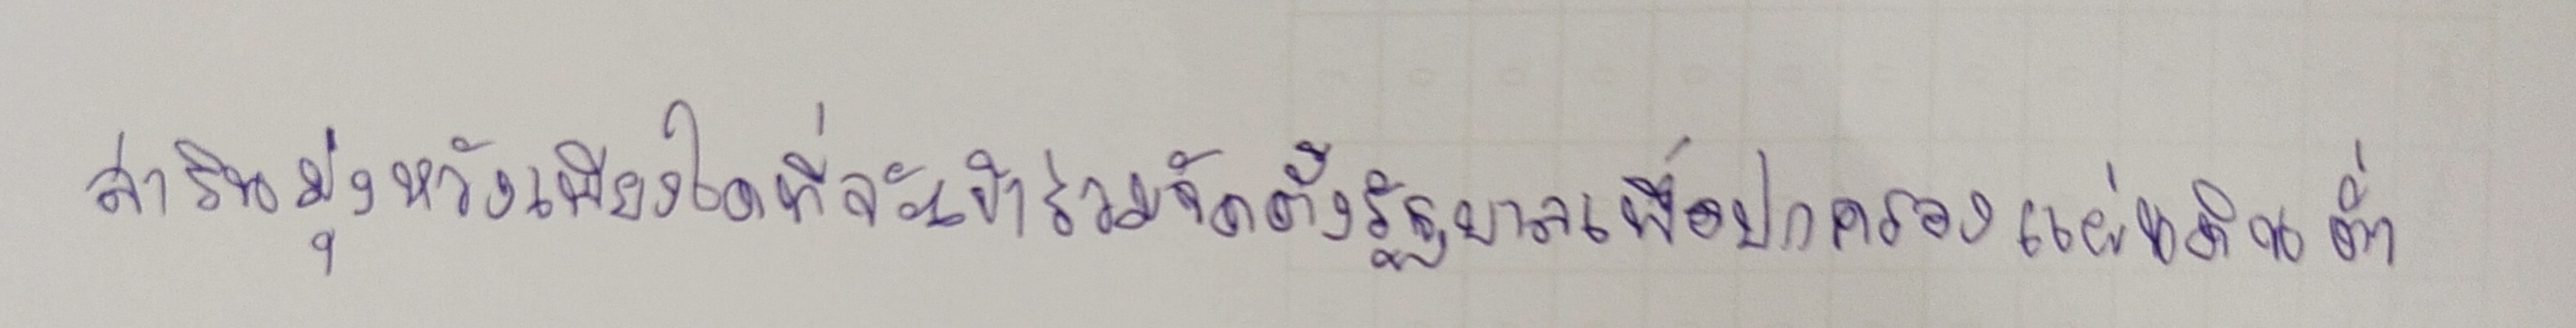
สารินมุ่งหวังเพียงใดที่จะเข้าร่วมจัดตั้งรัฐบาลเพื่อปกครองแผ่นดินต่ำ